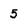
Character: 5